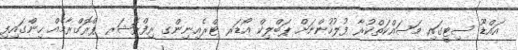
އައްޑޫ ސިޓީގައި މަސައްކަތްކުރާ ފުލުހުންނަށް ޕަބްލިކް އޯޑަރ ޓްރެއިނިންގ ރިފްރެޝަރ ޕްރޮގްރާމެއް ހިންގައިފި